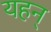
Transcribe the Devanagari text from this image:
यहन्